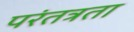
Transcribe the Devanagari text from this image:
परंतत्रता